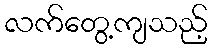
လက်တွေ့ကျသည့်